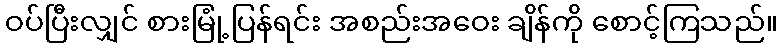
ဝပ်ပြီးလျှင် စားမြုံ့ပြန်ရင်း အစည်းအဝေး ချိန်ကို စောင့်ကြသည်။